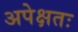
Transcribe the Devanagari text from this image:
अपेक्षतः